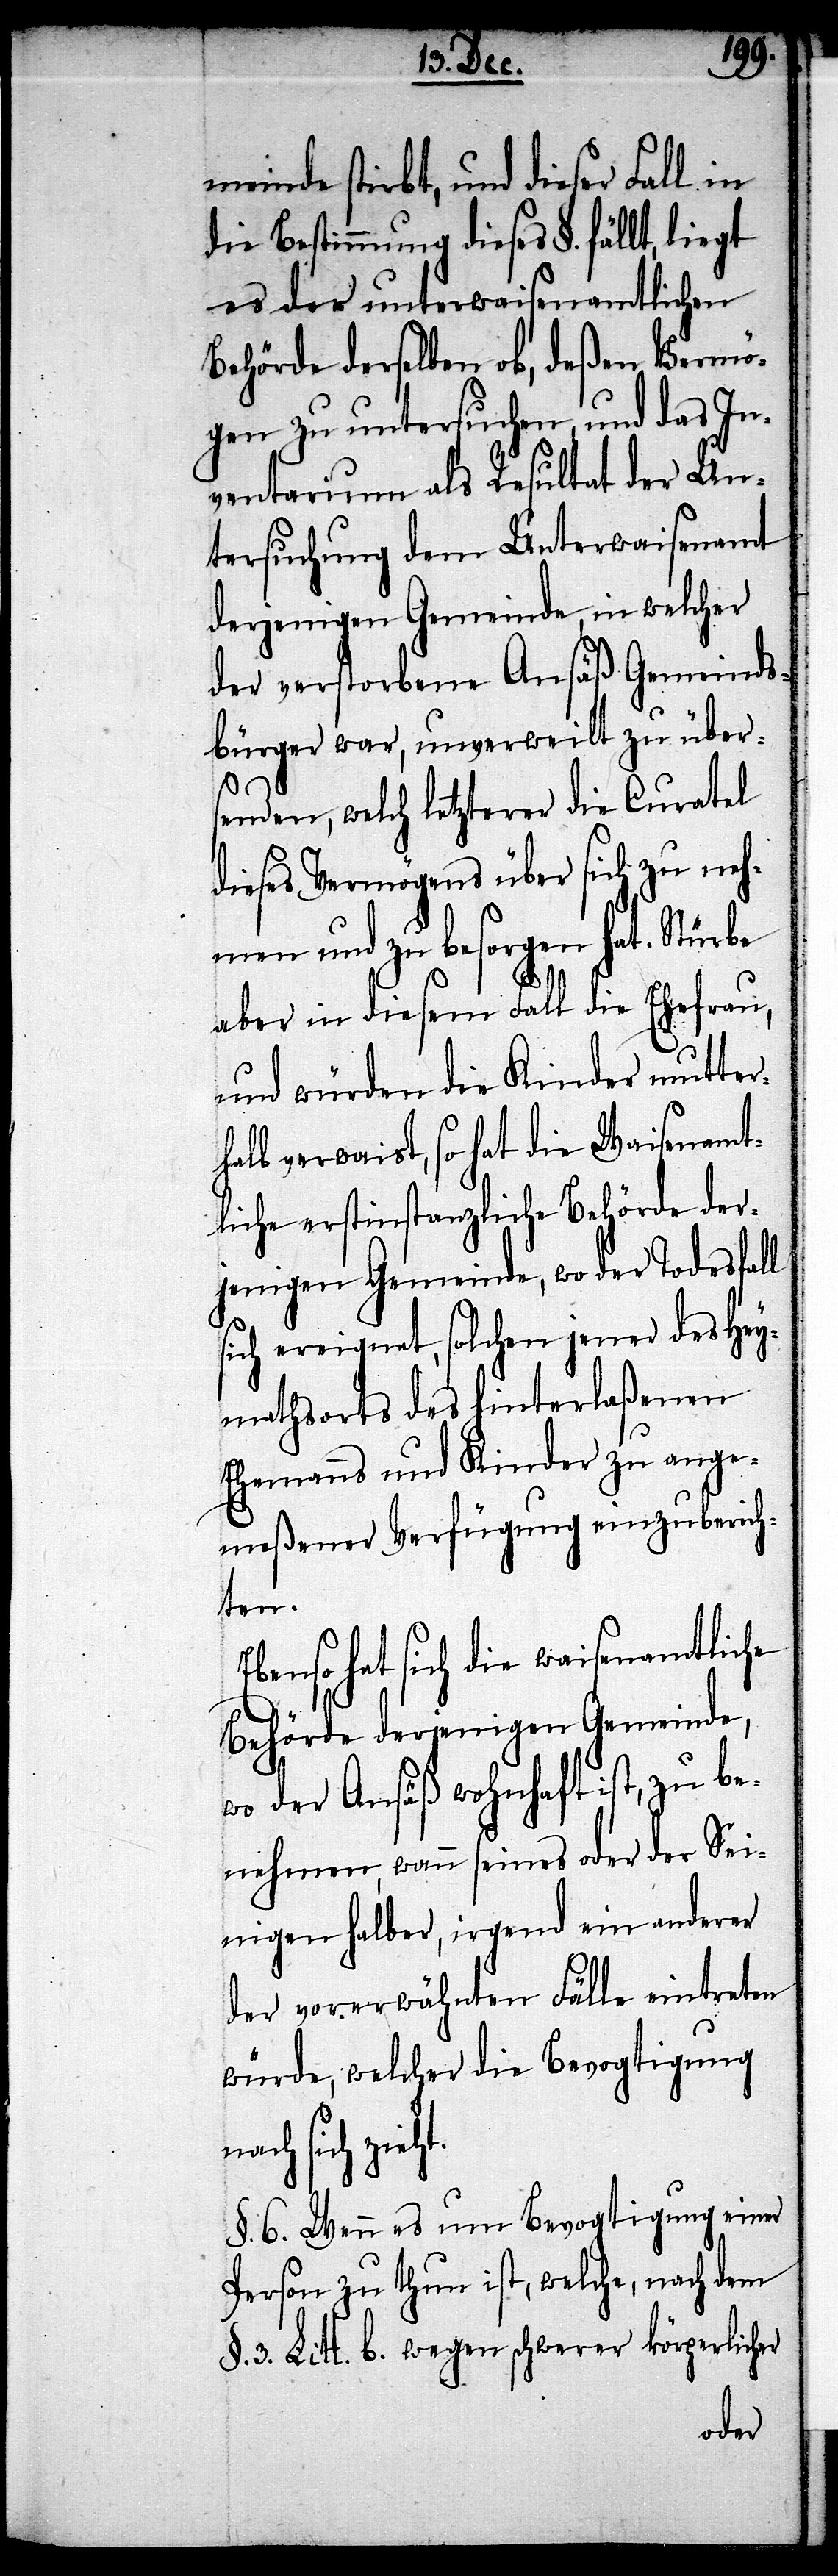
ht.
meinde stirbt, und dieser Fall in
die Bestimmung dieses §. fällt, liegt
es der unterwaisenamtlichen
Behörde derselben ob, deßen Vermö¬
gen zu untersuchen, und das In¬
ventarium als Resultat der Un¬
tersuchung dem Unterwaisenamt
derjenigen Gemeinde, in welcher
der verstorbene Ansäß Gemeinds¬
bürger war, unverweilt zu über¬
senden, welch letzterer die Curatel
dieses Vermögens über sich zu neh¬
men und zu besorgen hat. Stürbe
aber in diesem Fall die Ehefrau,
und würden die Kinder mutter¬
halb verwaist, so hat die Waisenamt¬
liche erstinstanzliche Behörde der¬
jenigen Gemeinde, wo der Todesfall
sich ereignet, solchen jener des Hey¬
mathsorts des hinterlaßenen
Ehemanns und Kinder zu ange¬
meßener Verfügung einzuberich¬
ten.
Ebenso hat sich die waisenamtliche
Behörde derjenigen Gemeinde,
wo der Ansäß wohnhaft ist, zu be¬
nehmen, wann seines oder der Sei¬
nigen halber, irgend ein anderer
der vorerwähnten Fälle eintreten
würde, welcher die Bevogtigung
nach sich zie¬
§. 6. Wenn es um Bevogtigung einer
Person zu thun ist, welche, nach dem
§. 3. Litt. b. wegen schwerer körperlicher